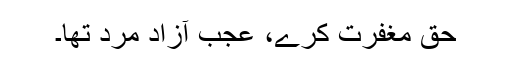
حق مغفرت کرے، عجب آزاد مرد تھا۔